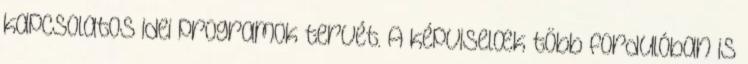
kapcsolatos idei programok tervét. A képviselœk több fordulóban is